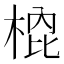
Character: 𭪣